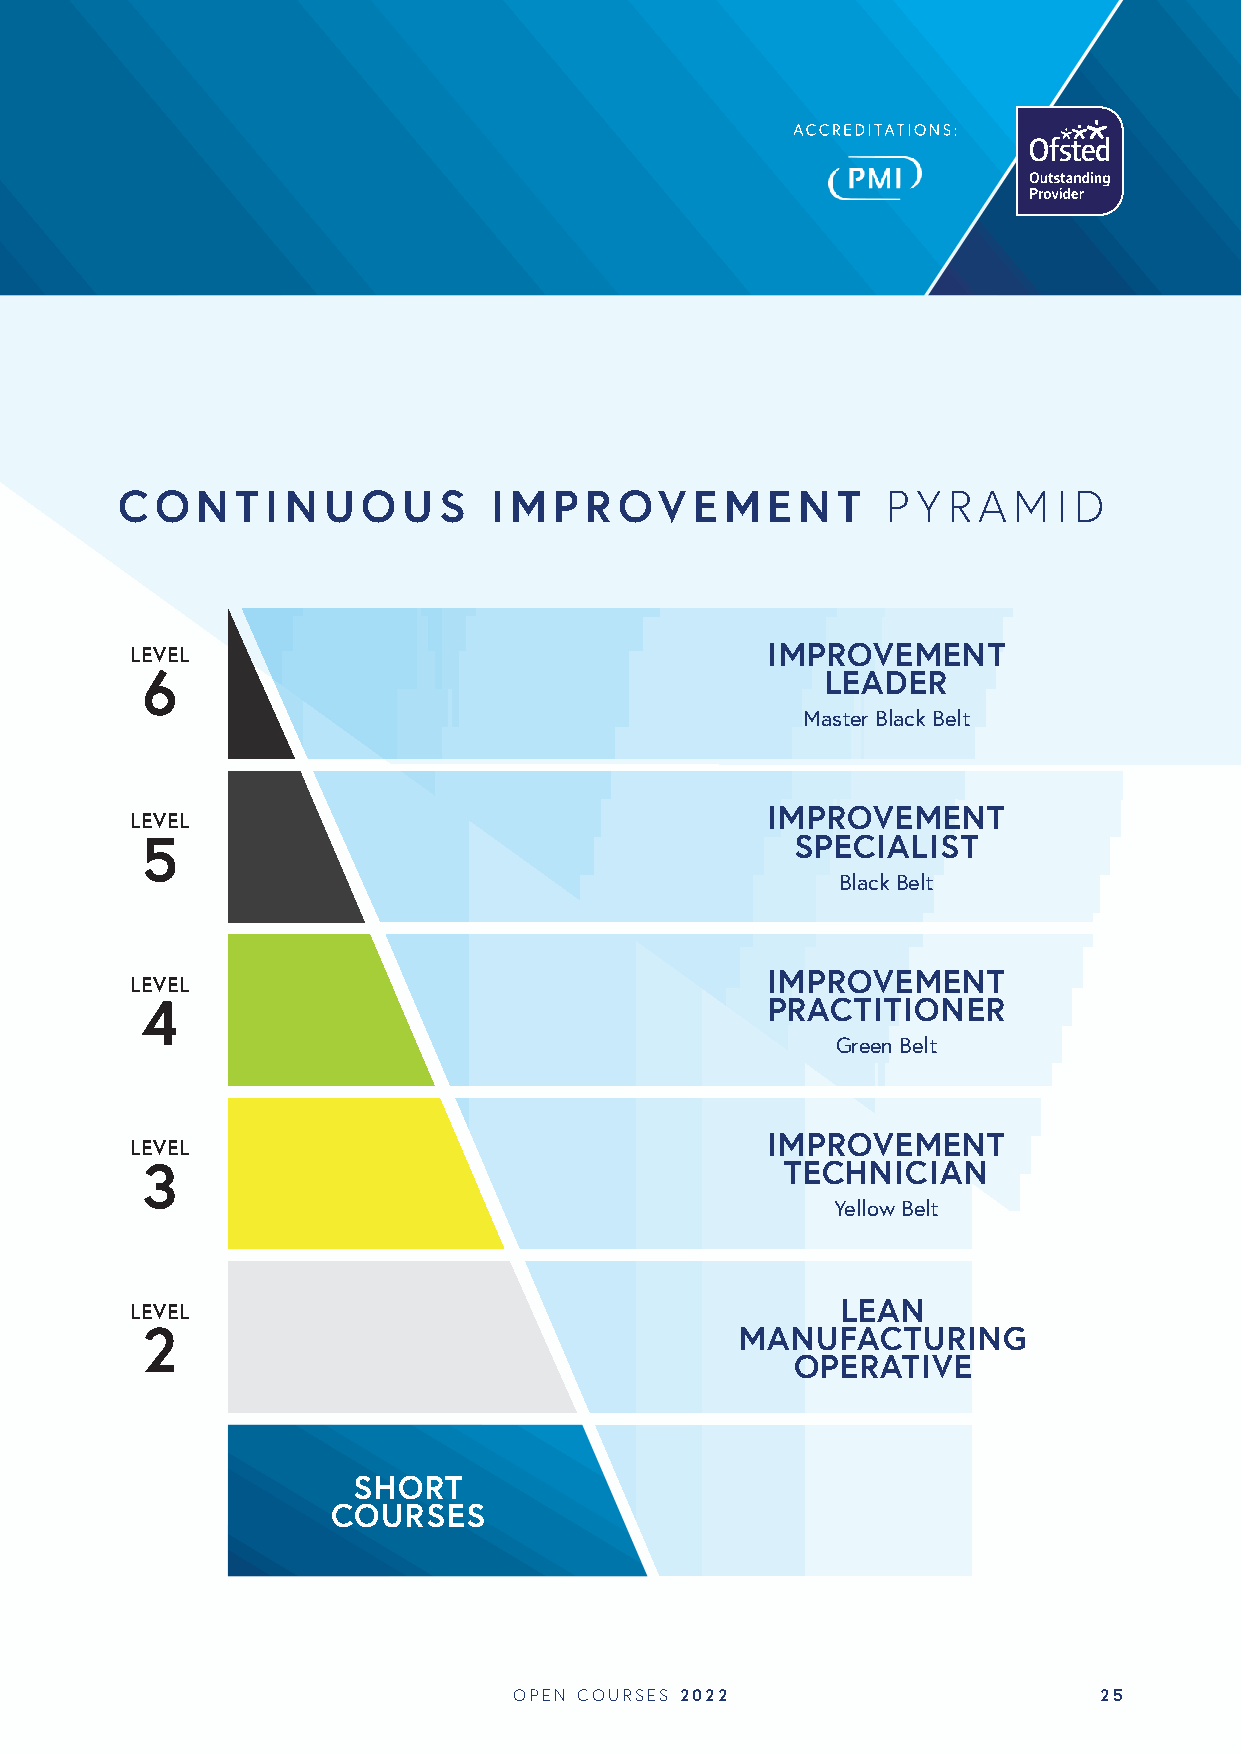
C O  N  T I N U O  U S  I M  P R OV   E M  E N T   P Y R A M  I D
 LEVEL                                     IMPROVEMENT
 6                                             LEADER
 Master Black Belt
 IMPROVEMENT
 LEVEL
 5                                           SPECIALIST
 Black Belt
 IMPROVEMENT
 LEVEL
 4                                         PRACTITIONER
 Green Belt
 IMPROVEMENT
 LEVEL
 3                                          TECHNICIAN
 Yellow Belt
 LEVEL                                          LEAN
 2                                       MANUFACTURING
 OPERATIVE
 SHORT
 COURSES
 OPEN COURSES 2022                      25